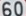
60